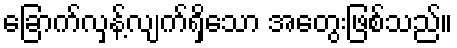
ခြောက်လှန့်လျက်ရှိသော အတွေးဖြစ်သည်။